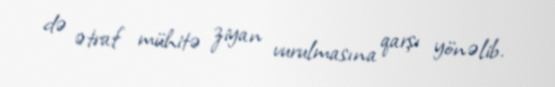
də ətraf mühitə ziyan vurulmasına qarşı yönəlib.